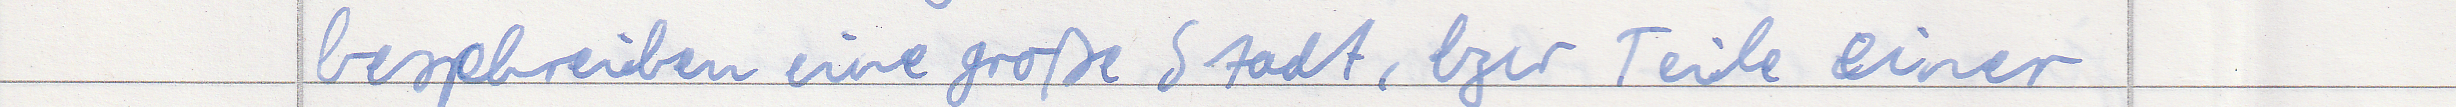
beschreiben eine große Stadt, bzw Teile einer